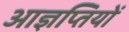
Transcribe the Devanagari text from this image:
आज्ञप्तियों